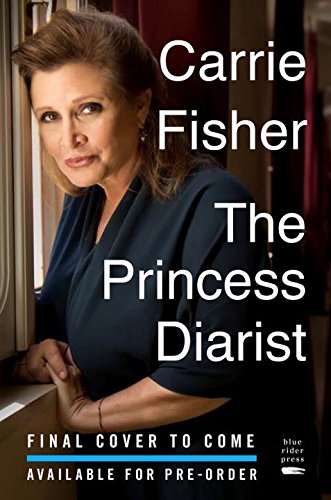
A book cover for The Princess Diarist; Carrie Fisher; Health, Fitness & Dieting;